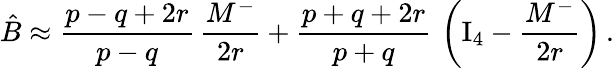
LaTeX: \hat{B}\approx{\frac{p-q+2r}{p-q}}\, {\frac{M^{-}}{2r}}+{\frac{p+q+2r}{p+q}}\, \left(\mathrm{I}_{4}-{\frac{M^{-}}{2r}}\right)\, .